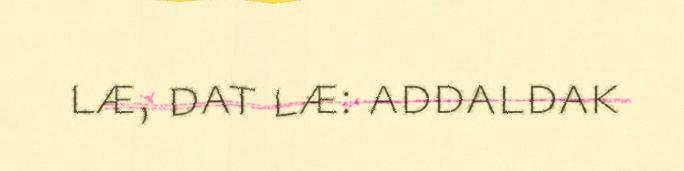
læ, dat læ: addaldak